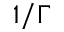
1 / \Gamma